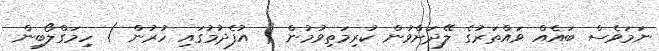
ނަމަވެސް ބައެއް ވައްތަރުގެ ލޭދަށްވުން ކުރިމަތިވުމުން ( އުފެދުމުގައި ހުރުން ) ހިމަގްލޯބިން